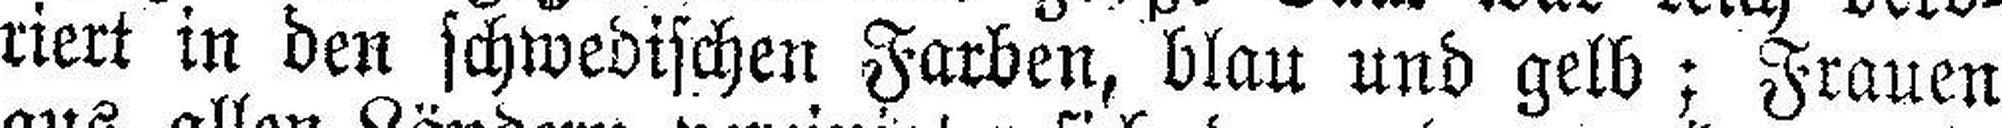
riert in den schwedischen Farben, blau und gelb; Frauen